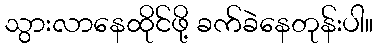
သွားလာနေထိုင်ဖို့ ခက်ခဲနေတုန်းပါ။